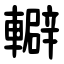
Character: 䡶